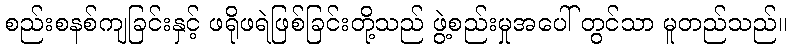
စည်းစနစ်ကျခြင်းနှင့် ဖရိုဖရဲဖြစ်ခြင်းတို့သည် ဖွဲ့စည်းမှုအပေါ် တွင်သာ မူတည်သည်။